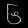
Digit: ၆